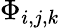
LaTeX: \Phi_{i,j,k}